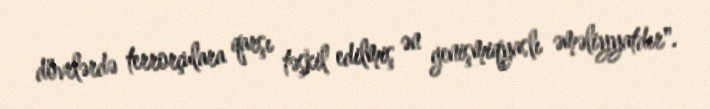
dövrlərdə terrorçulara qarşı təşkil edilmiş ən genişmiqyaslı əməliyyatdır".